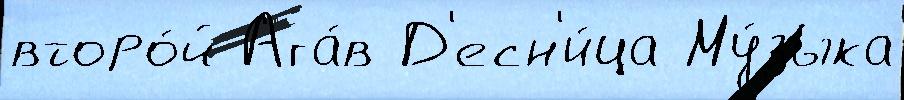
второ́й Ага́в Д'есн'и́ца Му́зыка